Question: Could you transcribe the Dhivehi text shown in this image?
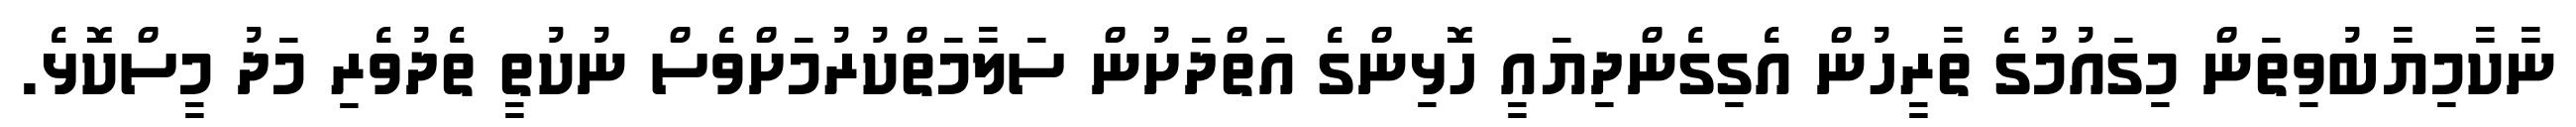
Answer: ނާކާމިޔާބުވިތަން މިގައުމުގެ ތާރީހުން އެގިގެންދިޔައީ ހޮޅިންގެ އަތްދަށުން ސަލާމަތްކުރުމަށްވެސް ނުކުތީ ތެދުވެރި މަދު މީސްކޮޅެ.